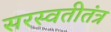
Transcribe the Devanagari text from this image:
सरस्वतीतंत्र